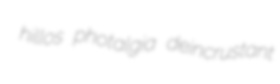
hillos photalgia deincrustant